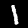
Label: 1